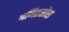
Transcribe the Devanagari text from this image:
गणितसोरा